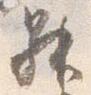
昇